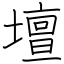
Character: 壇